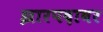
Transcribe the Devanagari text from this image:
झारपदावर